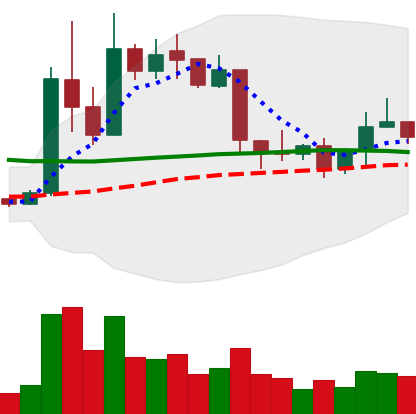
Ticker: XRP-USD
Chart end date: 2019-04-19
Forward return: -8.913%
Label: down_7plus